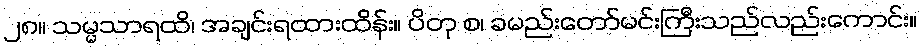
၂၈။ သမ္မသာရထိ၊ အချင်းရထားထိန်း။ ပိတု စ၊ ခမည်းတော်မင်းကြီးသည်လည်းကောင်း။